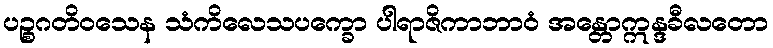
ပဉ္စဂတိဝသေန သံကိလေသပက္ခော ပါရာဇိကာဘာဝံ အန္တောဣန္ဒခီလတော